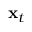
\mathbf { x } _ { t }